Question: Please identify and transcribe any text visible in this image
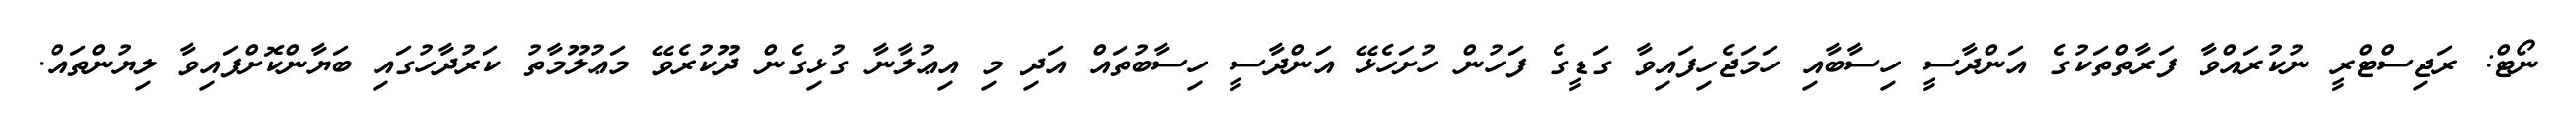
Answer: ނޯޓް: ރަޖިސްޓްރީ ނުކުރައްވާ ފަރާތްތަކުގެ އަންދާސީ ހިސާބާއި ހަމަޖެހިފައިވާ ގަޑީގެ ފަހުން ހުށަހެޅޭ އަންދާސީ ހިސާބުތައް އަދި މި އިޢުލާނާ ގުޅިގެން ދޫކުރެވޭ މަޢުލޫމާތު ކަރުދާހުގައި ބަޔާންކޮށްފައިވާ ލިޔުންތައް.